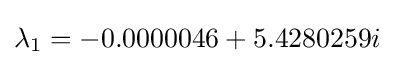
\lambda _{1}=-0.0000046+5.4280259i